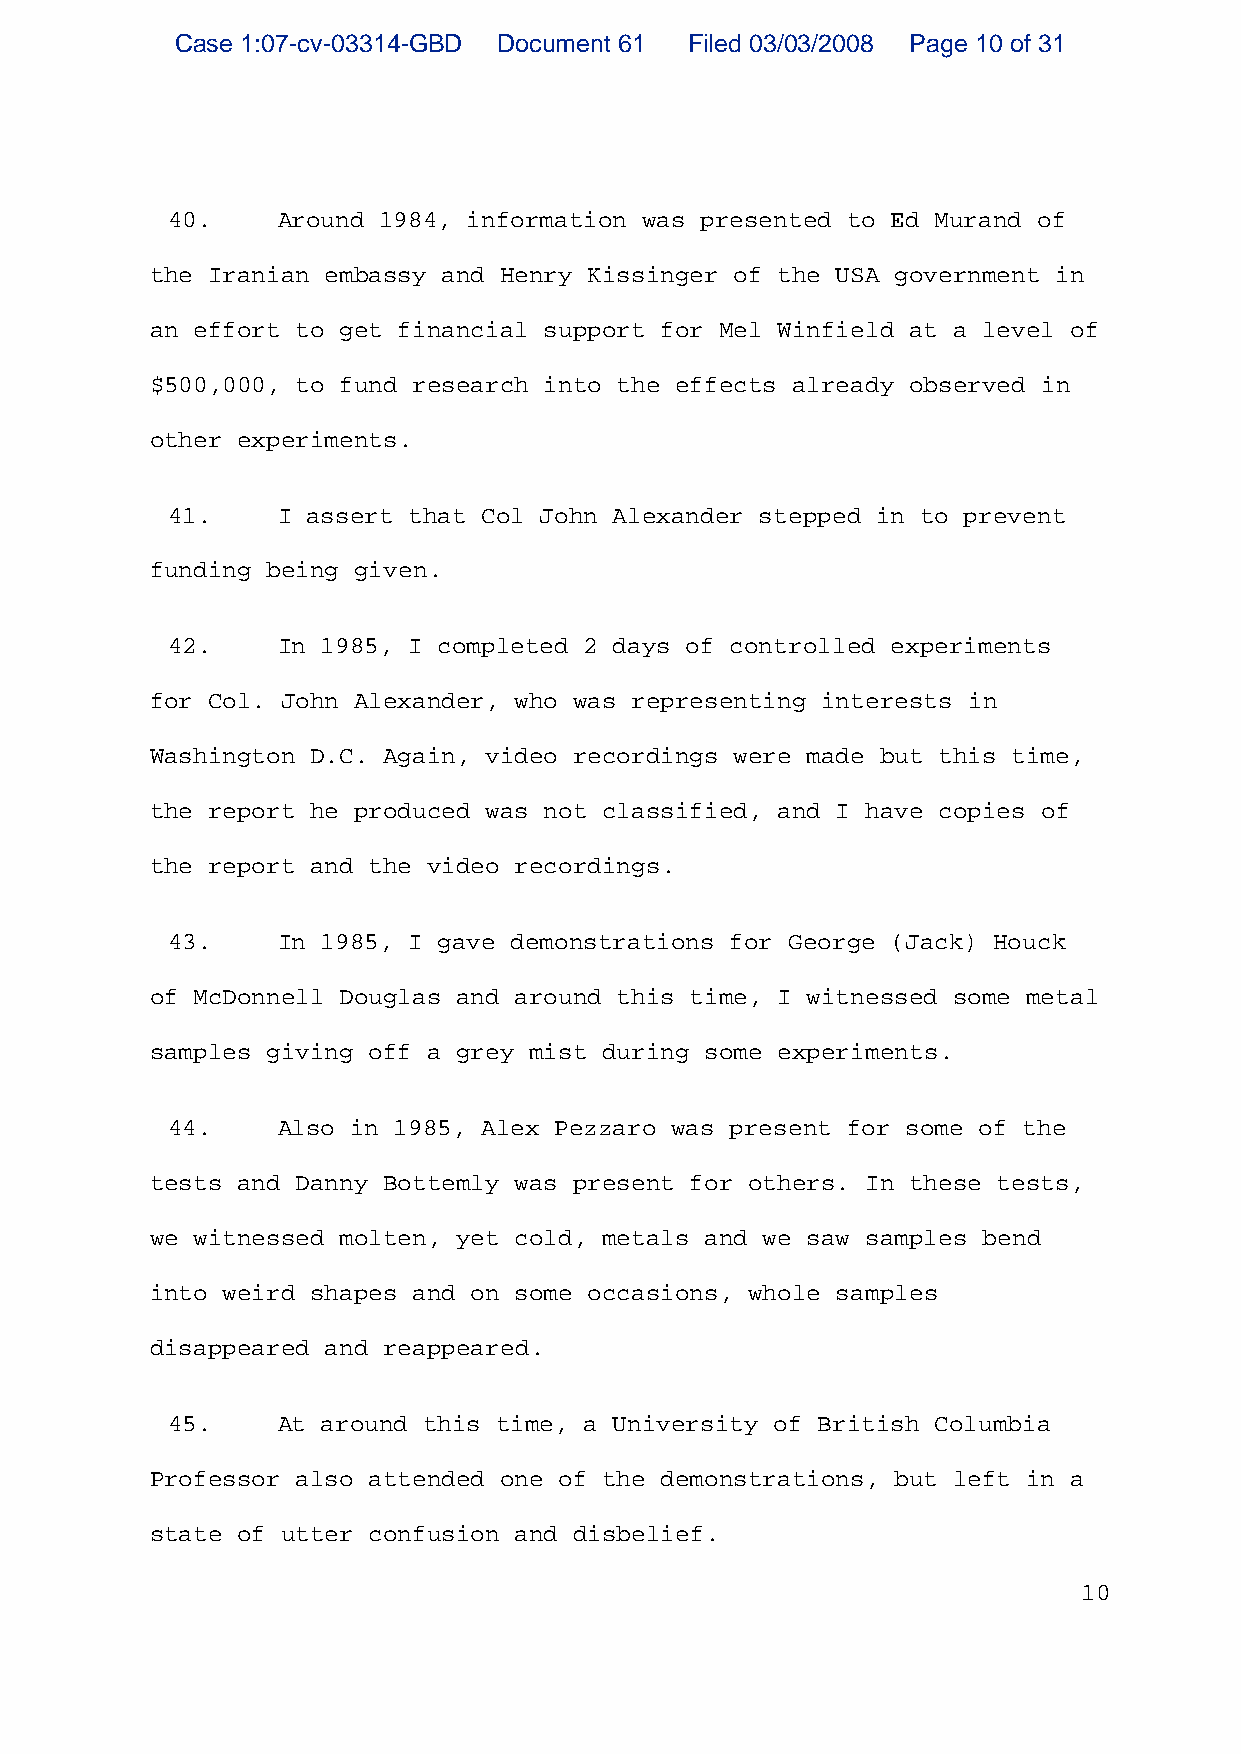
Case 1:07-cv-03314-GBD Document 61 Filed 03/03/2008 Page 10 of 31
 40.    Around 1984, information was presented to Ed Murand of
 the Iranian embassy and Henry Kissinger of the USA government in
 an effort to get financial support for Mel Winfield at a level of
 $500,000, to fund research into the effects already observed in
 other experiments.
 41.    I assert that Col John Alexander stepped in to prevent
 funding being given.
 42.    In 1985, I completed 2 days of controlled experiments
 for Col. John Alexander, who was representing interests in
 Washington D.C. Again, video recordings were made but this time,
 the report he produced was not classified, and I have copies of
 the report and the video recordings.
 43.    In 1985, I gave demonstrations for George (Jack) Houck
 of McDonnell Douglas and around this time, I witnessed some metal
 samples giving off a grey mist during some experiments.
 44.    Also in 1985, Alex Pezzaro was present for some of the
 tests and Danny Bottemly was present for others. In these tests,
 we witnessed molten, yet cold, metals and we saw samples bend
 into weird shapes and on some occasions, whole samples
 disappeared and reappeared.
 45.    At around this time, a University of British Columbia
 Professor also attended one of the demonstrations, but left in a
 state of utter confusion and disbelief.
 10